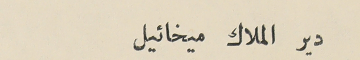
دير الملاك ميخائيل